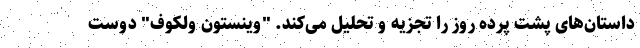
داستان‌های پشت پرده روز را تجزیه و تحلیل می‌کند. "وینستون ولکوف" دوست